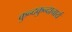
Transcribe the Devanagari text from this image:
कुन्दकुन्दाचार्य